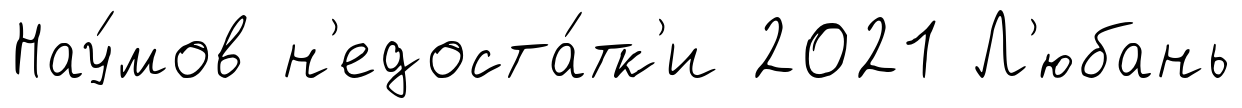
Нау́мов н'едоста́тк'и 2021 Л'юбань